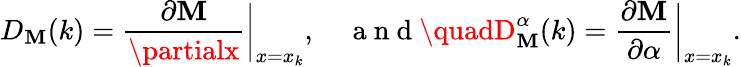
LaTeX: D_{\mathbf{M}}(k)=\frac{{\partial\mathbf{M}}}{{\partialx}}\bigg|_{x=x_{k}},\quad\mathrm{{~a~n~d~}}\quadD_{\mathbf{M}}^{\alpha}(k)=\frac{{\partial\mathbf{M}}}{{\partial\alpha}}\bigg|_{x=x_{k}}.